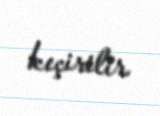
keçirilir.